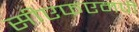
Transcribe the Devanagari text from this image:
सीएफएमपी